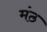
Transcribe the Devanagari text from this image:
मंठ